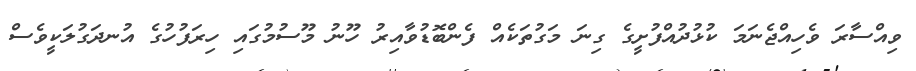
ވިއްސާރަ ވެހިއްޖެނަމަ ކުޅުދުއްފުށީގެ ގިނަ މަގުތަކެއް ފެންބޮޑުވާއިރު ހޫނު މޫސުމުގައި ހިރަފުހުގެ އުނދަގުލަކީވެސް